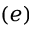
( e )